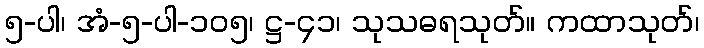
၅-ပါ၊ အံ-၅-ပါ-၁၀၅၊ ဋ္ဌ-၄၁၊ သုသဓရသုတ်။ ကထာသုတ်၊